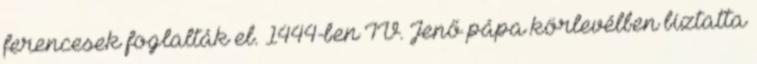
ferencesek foglalták el. 1444-ben IV. Jenő pápa körlevélben biztatta